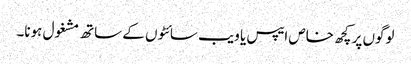
لوگوں پر کچھ خاص ایپس یا ویب سائٹوں کے ساتھ مشغول ہونا۔